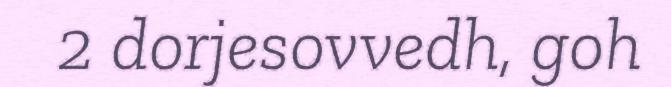
2 dorjesovvedh, goh